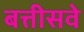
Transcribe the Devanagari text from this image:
बत्तीसवे